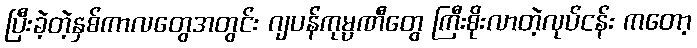
ပြီးခဲ့တဲ့နှစ်ကာလတွေအတွင်း ဂျပန်ကုမ္ပဏီတွေ ကြီးစိုးလာတဲ့လုပ်ငန်း ကတော့